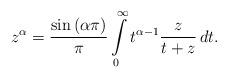
LaTeX: \begin{align*} z^{\alpha} = \frac{\sin\left( \alpha \pi \right)}{\pi} \int\limits_{0}^{\infty} t^{\alpha - 1} \frac{z}{t + z} \, dt. \end{align*}